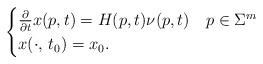
LaTeX: \begin{align*}\begin{cases}\frac{\partial}{\partial t}x(p,t)=H(p,t)\nu(p,t)&p\in \Sigma^m\\x(\cdot,\,t_0)=x_0.&\end{cases} \end{align*}